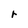
Character: r